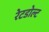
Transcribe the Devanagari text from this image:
रेटडोल्ट